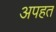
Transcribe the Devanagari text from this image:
अपहत